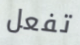
تفعل